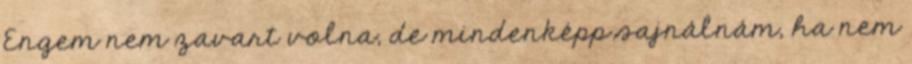
Engem nem zavart volna, de mindenképp sajnálnám, ha nem